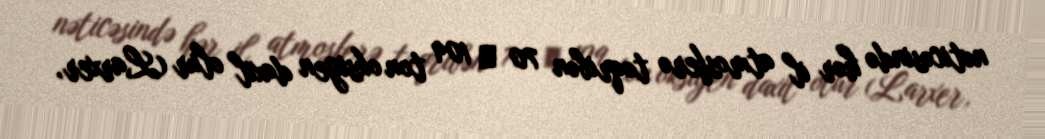
nəticəsində hər il atmosferə təqribən 70 ⋅ 109 ton oksigen daxil olur (Larxer,